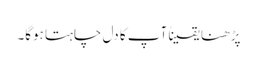
پڑھنا یقیناً آپ کا دل چاہتا ہوگا۔